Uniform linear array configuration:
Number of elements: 24
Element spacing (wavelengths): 0.25
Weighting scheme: uniform
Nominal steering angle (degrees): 45
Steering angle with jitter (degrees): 46.003
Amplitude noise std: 0.05
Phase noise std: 0.05

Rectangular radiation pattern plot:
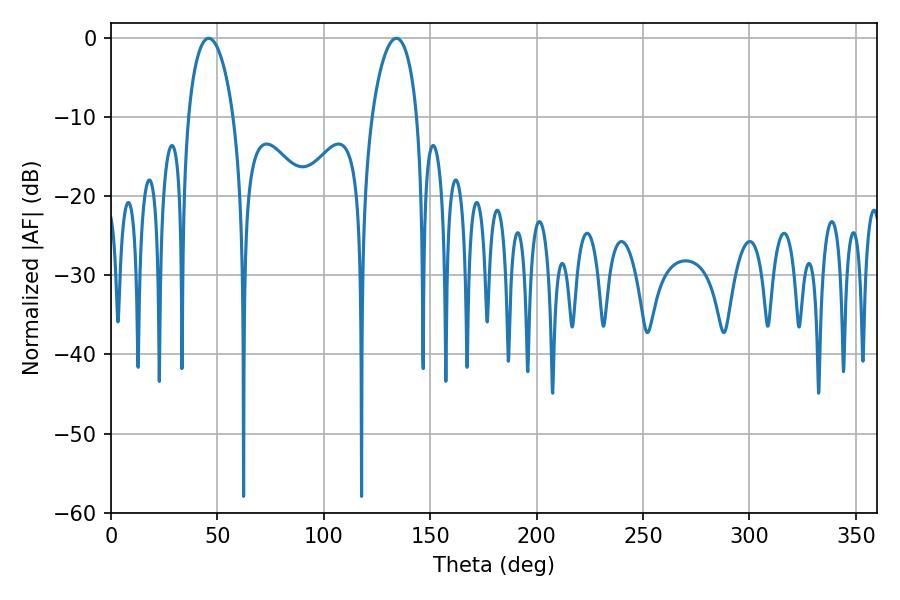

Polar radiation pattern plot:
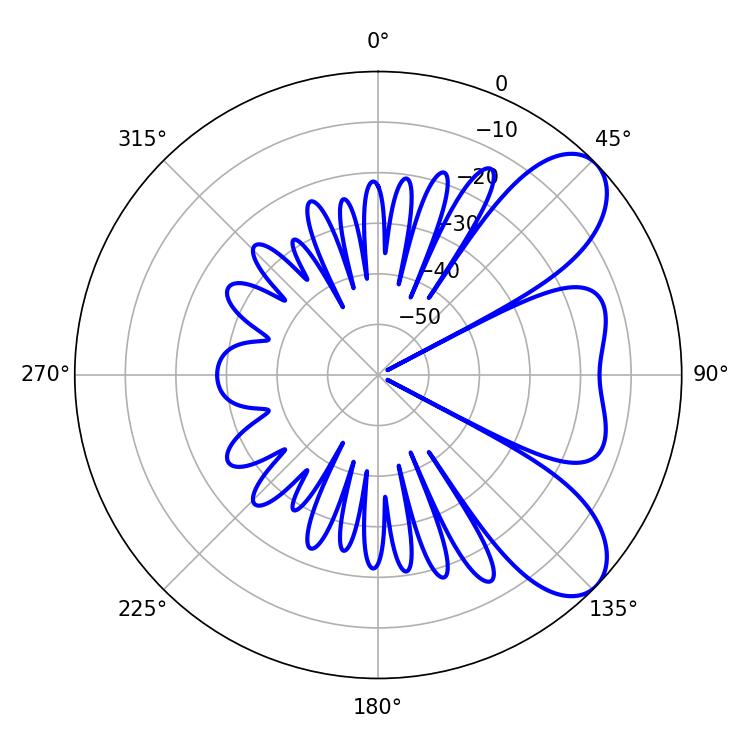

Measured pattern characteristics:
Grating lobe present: FALSE
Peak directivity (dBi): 7.576
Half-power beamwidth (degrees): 12.24
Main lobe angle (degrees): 45.9